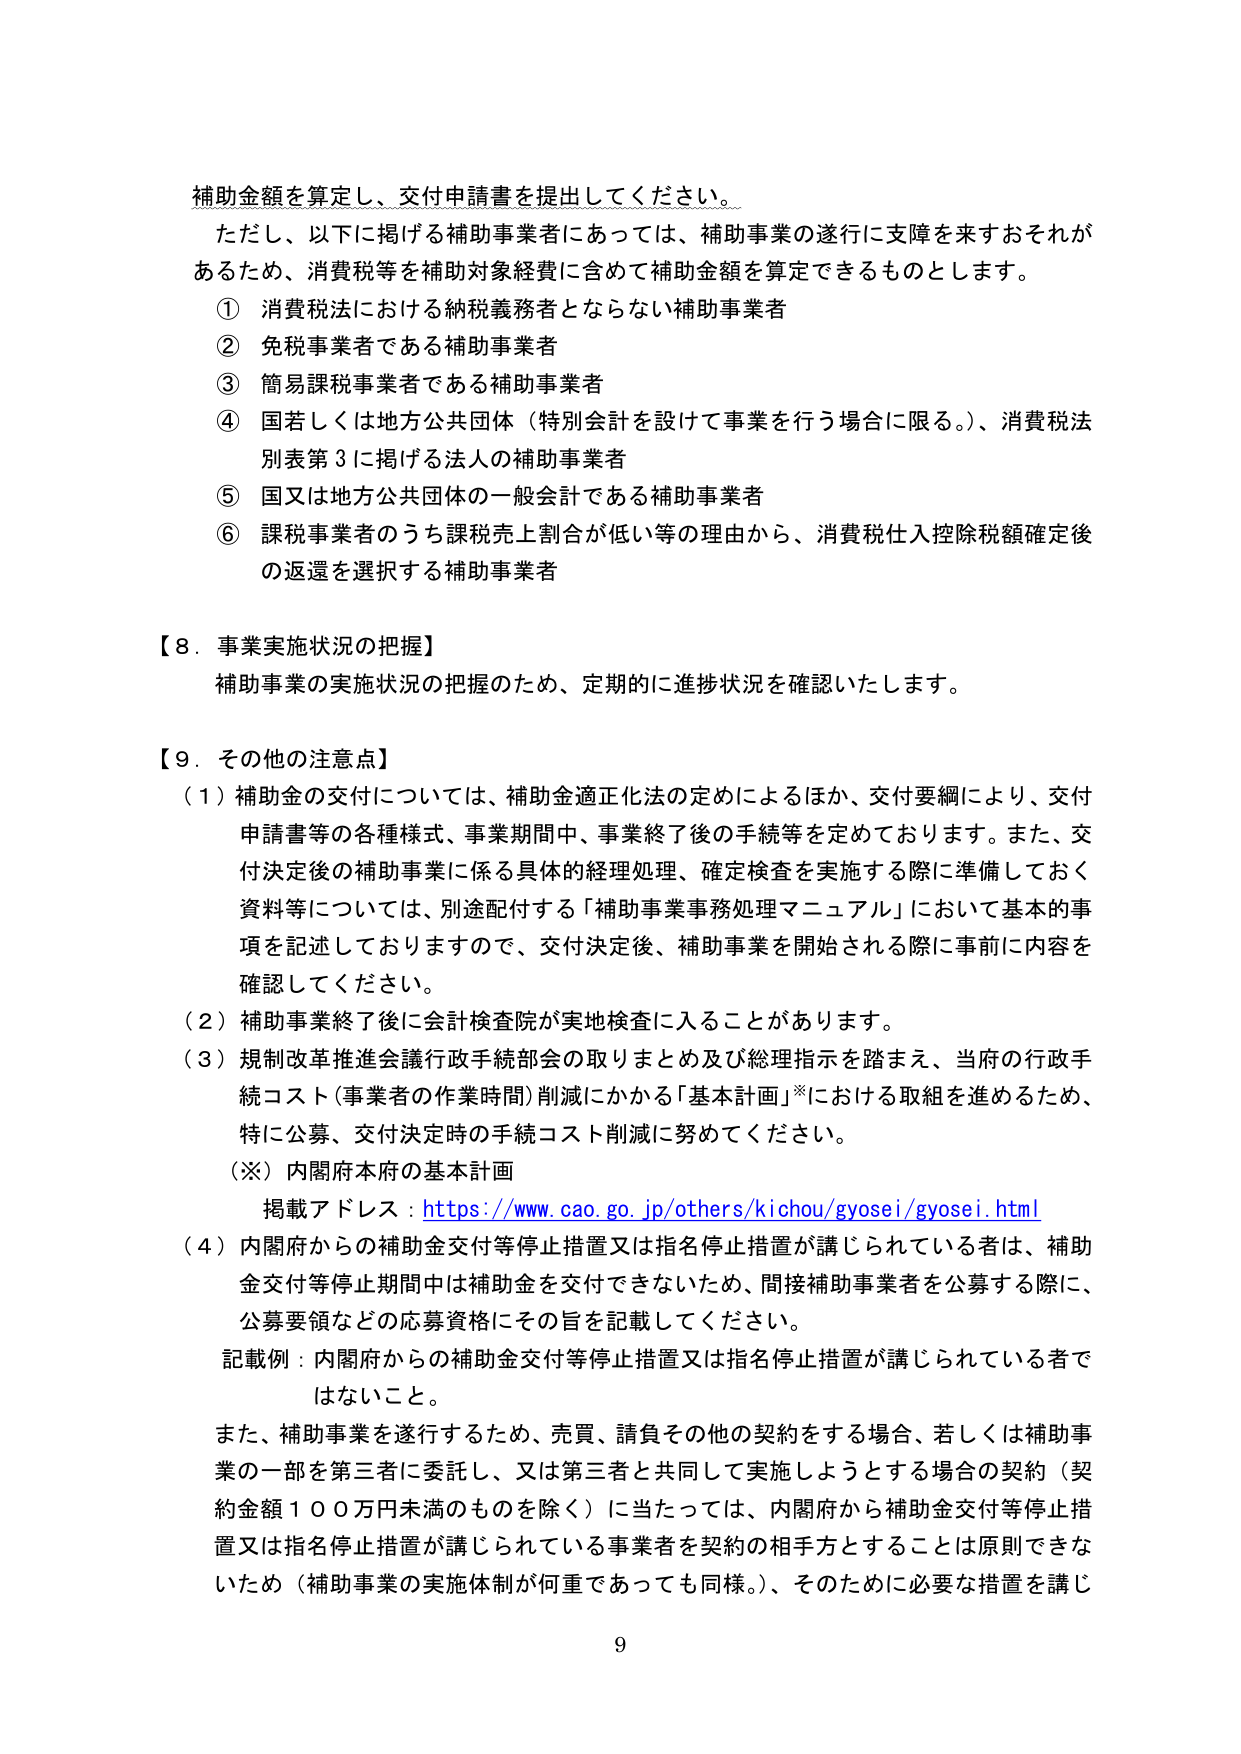
補助金額を算定し、交付申請書を提出してください。

ただし、以下に掲げる補助事業者にあっては、補助事業の遂行に支障を来すおそれがあるため、消費税等を補助対象経費に含めて補助金額を算定できるものとします。

① 消費税法における納税義務者とならない補助事業者
② 免税事業者である補助事業者
③ 簡易課税事業者である補助事業者
④ 国若しくは地方公共団体（特別会計を設けて事業を行う場合に限る。）、消費税法別表第3に掲げる法人の補助事業者
⑤ 国又は地方公共団体の一般会計である補助事業者
⑥ 課税事業者のうち課税売上割合が低い等の理由から、消費税仕入控除税額確定後の返還を選択する補助事業者

【8．事業実施状況の把握】
補助事業の実施状況の把握のため、定期的に進捗状況を確認いたします。

【9．その他の注意点】
（1）補助金の交付については、補助金適正化法の定めによるほか、交付要綱により、交付申請書等の各種様式、事業期間中、事業終了後の手続等を定めております。また、交付決定後の補助事業に係る具体的経理処理、確定検査を実施する際に準備しておく資料等については、別途配付する「補助事業事務処理マニュアル」において基本的事項を記述しておりますので、交付決定後、補助事業を開始される際に事前に内容を確認してください。

（2）補助事業終了後に会計検査院が実地検査に入ることがあります。

（3）規制改革推進会議行政手続部会の取りまとめ及び総理指示を踏まえ、当府の行政手続コスト（事業者の作業時間）削減にかかる「基本計画」※における取組を進めるため、特に公募、交付決定時の手続コスト削減に努めてください。

（※）内閣府本府の基本計画
掲載アドレス：https://www.cao.go.jp/others/kichou/gyosei/gyosei.html

（4）内閣府からの補助金交付等停止措置又は指名停止措置が講じられている者は、補助金交付等停止期間中は補助金を交付できないため、間接補助事業者を公募する際に、公募要領などの応募資格にその旨を記載してください。

記載例：内閣府からの補助金交付等停止措置又は指名停止措置が講じられている者ではないこと。

また、補助事業を遂行するため、売買、請負その他の契約をする場合、若しくは補助事業の一部を第三者に委託し、又は第三者と共同して実施しようとする場合の契約（契約金額100万円未満のものを除く）に当たっては、内閣府から補助金交付等停止措置又は指名停止措置が講じられている事業者を契約の相手方とすることは原則できないため（補助事業の実施体制が何重であっても同様。）、そのために必要な措置を講じ

9